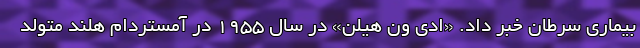
بیماری سرطان خبر داد. «ادی ون هیلن» در سال ۱۹۵۵ در آمستردام هلند متولد